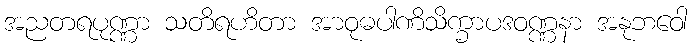
အညတရပုဏ္ဏာ သတိရဟိတာ အာဝုဓပါဏိသိက္ခာပဒဝဏ္ဏနာ အနုဘဝေါ